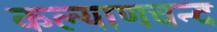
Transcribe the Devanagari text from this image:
कल्याणचन्द